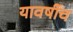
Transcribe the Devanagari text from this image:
यावर्षीच